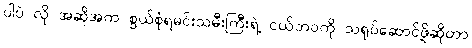
ပါပဲ လို အဆိုအက စွယ်စုံရမင်းသမီးကြီးရဲ့ ငယ်ဘဝကို သရုပ်ဆောင်ဖို့ဆိုတာ